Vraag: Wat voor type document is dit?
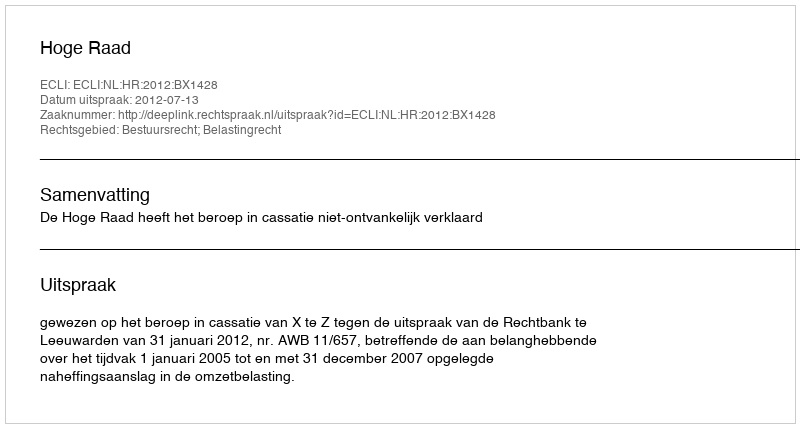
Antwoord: Uitspraak